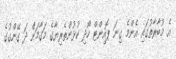
އެ މުބާރާތުގައި އެންމެ ގިނަ ޕޮއިންޓް ހޯދި ކުޅުންތެރިޔާގެ މަގާމަށް ދަ ގޭންގުގެ